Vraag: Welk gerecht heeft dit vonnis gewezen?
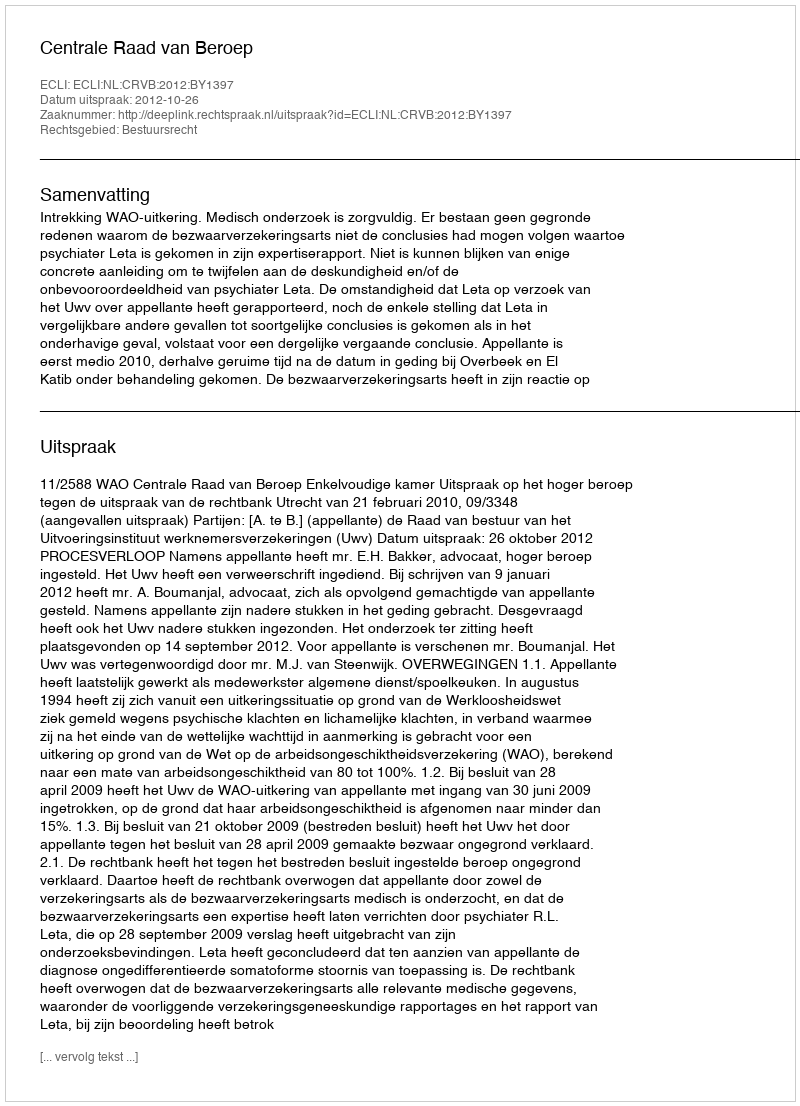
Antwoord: Centrale Raad van Beroep